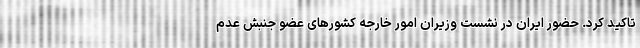
تاکید کرد. حضور ایران در نشست وزیران امور خارجه کشورهای عضو جنبش عدم